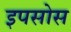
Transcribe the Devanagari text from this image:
इपसोस